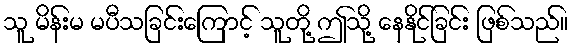
သူ မိန်းမ မပီသခြင်းကြောင့် သူတို့ ဤသို့ နေနိုင်ခြင်း ဖြစ်သည်။